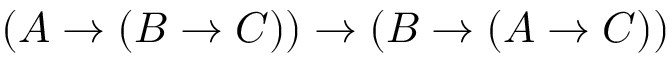
( A \to ( B \to C ) ) \to ( B \to ( A \to C ) )